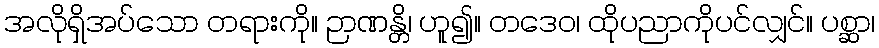
အလိုရှိအပ်သော တရားကို။ ဉာဏန္တိ၊ ဟူ၍။ တဒေဝ၊ ထိုပညာကိုပင်လျှင်။ ပစ္ဆာ၊